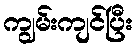
ကျွမ်းကျင်ပြီး